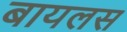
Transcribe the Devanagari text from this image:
बायलस